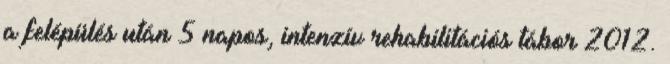
a felépülés után 5 napos, intenzív rehabilitációs tábor 2012.